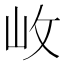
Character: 𡵲